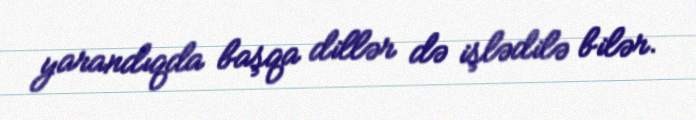
yarandıqda başqa dillər də işlədilə bilər.